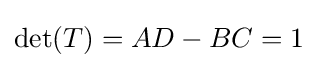
\det(T)=AD-BC=1